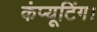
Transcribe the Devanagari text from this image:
कंप्यूटिंग।